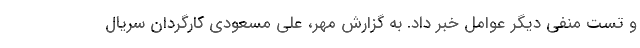
و تست منفی دیگر عوامل خبر داد. به گزارش مهر، علی مسعودی کارگردان سریال